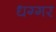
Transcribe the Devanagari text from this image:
धग्गर